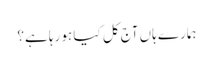
ہمارے ہاں آج کل کیا ہو رہا ہے؟